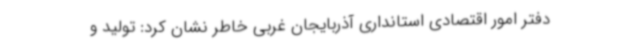
دفتر امور اقتصادی استانداری آذربایجان غربی خاطر نشان کرد: تولید و